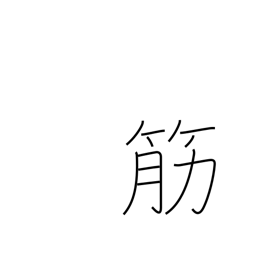
Meaning: descent